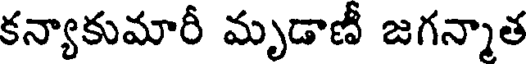
కన్యాకుమారీ మృడాణీ జగన్మాత